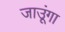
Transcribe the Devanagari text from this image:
जाउूंगा